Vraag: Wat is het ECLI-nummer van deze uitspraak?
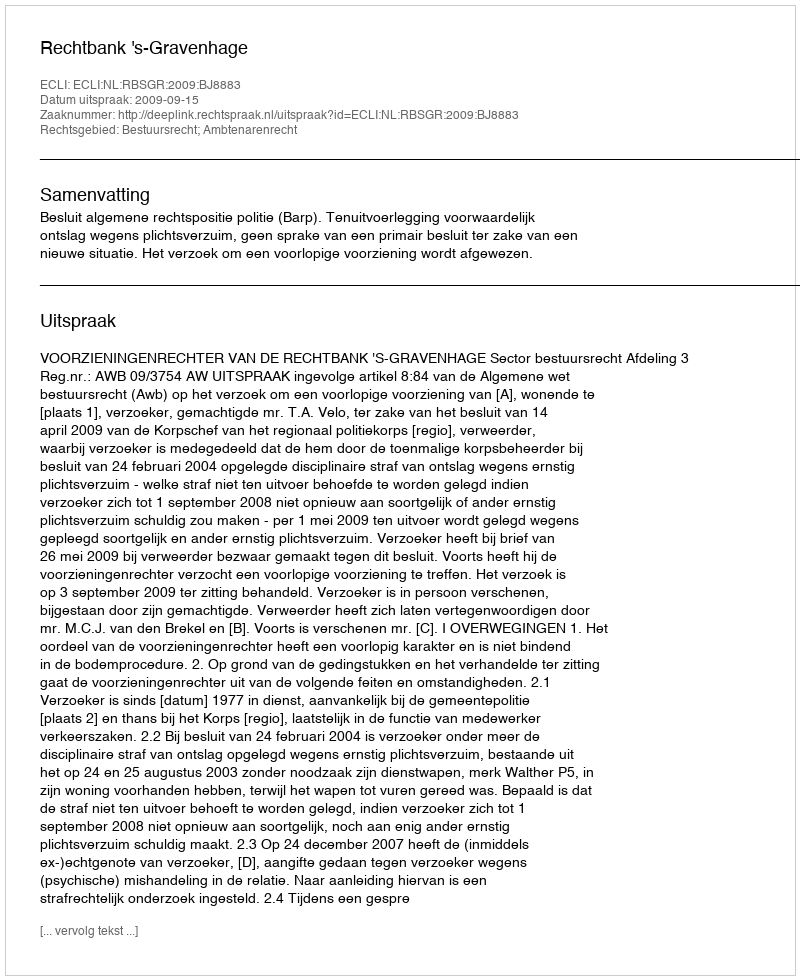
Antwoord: ECLI:NL:RBSGR:2009:BJ8883